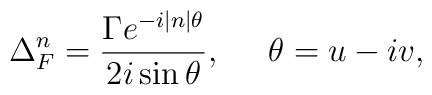
\Delta _F^n=\frac{\Gamma e^{-i|n|\theta }}{2i\sin \theta },\;\;\;\;\;\theta=u-iv,